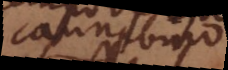
cannabino